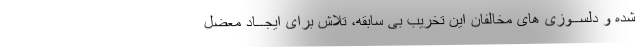
شده و دلســوزی های مخالفان این تخریب بی سابقه، تلاش برای ایجــاد معضل